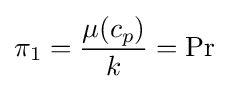
\pi _{1}={\frac {\mu (c_{p})}{k}}=\mathrm {Pr}